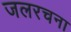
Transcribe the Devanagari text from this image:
जलरचना